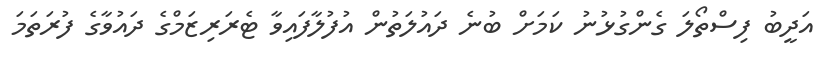
އަދީބު ފިސްތޯލަ ގެންގުޅުނު ކަމަށް ބުނެ ދައުލަތުން އުފުލާފައިވާ ޓެރަރިޒަމްގެ ދައުވާގެ ފުރަތަމަ